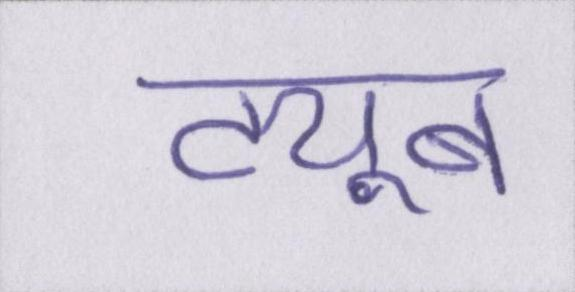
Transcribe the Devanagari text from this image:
ट्यूब